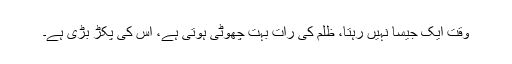
وقت ایک جیسا نہیں رہتا، ظلم کی رات بہت چھوٹی ہوتی ہے، اس کی پکڑ بڑی ہے۔